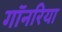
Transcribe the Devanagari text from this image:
गॉनरिया